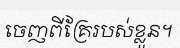
ចេញពីគ្រែរបស់ខ្លួន។